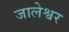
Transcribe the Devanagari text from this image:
जालेश्वर